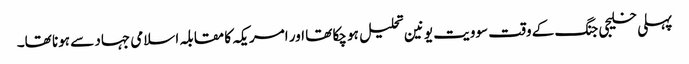
پہلی خلیجی جنگ کے وقت سوویت یونین تحلیل ہو چکا تھا اور امریکہ کا مقابلہ اسلامی جہاد سے ہونا تھا۔